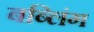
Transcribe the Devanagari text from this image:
बब्लिंग